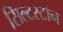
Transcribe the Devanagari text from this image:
सिल्टस्टोन